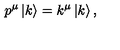
p ^ { \mu } \left| k \right> = k ^ { \mu } \left| k \right> ,